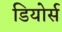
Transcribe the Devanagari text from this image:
डियोर्स